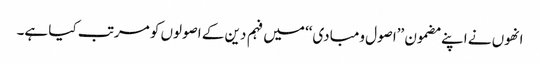
انھوں نے اپنے مضمون ’’اصول ومبادی‘‘ میں فہم دین کے اصولوں کو مرتب کیا ہے۔